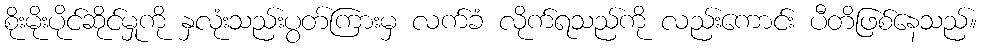
စိုးမိုးပိုင်ဆိုင်မှုကို နှလုံးသည်းပွတ်ကြားမှ လက်ခံ လိုက်ရသည်ကို လည်းကောင်း ပီတိဖြစ်နေသည်။